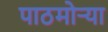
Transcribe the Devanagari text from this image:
पाठमोऱ्या